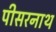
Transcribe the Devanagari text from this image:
पीसरनाथ